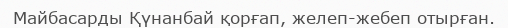
Майбасарды Қүнанбай қорғап, желеп-жебеп отырған.